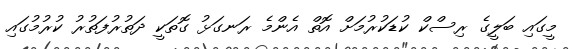
މީގައި ބަލީގެ ރިސްކް ކުޑަކުރުމަށް އޮތް އެންމެ ރަނގަޅު ގޮތަކީ ދަތުރުފަތުރު ކުރުމުގައި